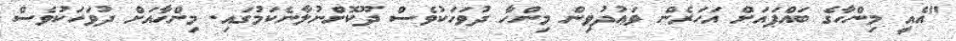
"އެއީ މިންހާގެ ބައްޕައަށް އަހަރެން ވަޢުދުވިން މިންހާ ދުވަހަކުވެސް ދޫކޮށްނުލާނެކަމުގައި. މިންހާއަށް ދުވަހަކުވެސް